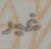
غير